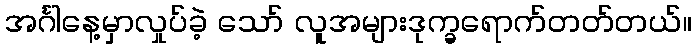
အင်္ဂါနေ့မှာလှုပ်ခဲ့ သော် လူအများဒုက္ခရောက်တတ်တယ်။